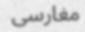
مغارسى